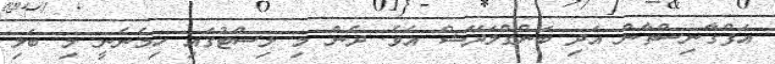
އަފްގާނިސްތާން އަދި ބަންގްލަދޭޝް އެވެ. ދެން މި ލިސްޓުގައި ހިމެނެނީ މި ބަލި